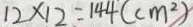
1 2 \times 1 2 = 1 4 4 ( c m ^ { 2 } )